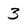
Character: 3